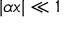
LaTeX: | \alpha x | \ll 1